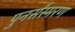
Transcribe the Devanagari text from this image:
पुनर्संस्मरण